Report on horse surra - Volume I
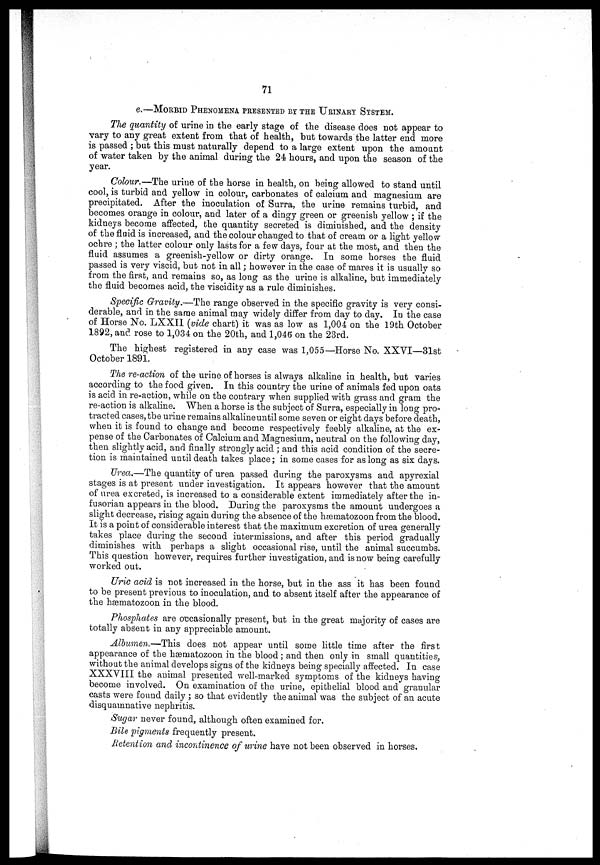
71
e.—MORBID PHENOMENA PRESENTED BY THE URINARY SYSTEM.
The quantity of urine in the early stage of the disease does not appear to
vary to any great extent from that of health, but towards the latter end more
is passed ; but this must naturally depend to a large extent upon the amount
of water taken by the animal during the 24 hours, and upon the season of the
year.
Colour.—The urine of the horse in health, on being allowed to stand until
cool, is turbid and yellow in colour, carbonates of calcium and magnesium are
precipitated. After the inoculation of Surra, the urine remains turbid, and
becomes orange in colour, and later of a dingy green or greenish yellow ; if the
kidneys become affected, the quantity secreted is diminished, and the density
of the fluid is increased, and the colour changed to that of cream or a light yellow-
ochre ; the latter colour only lasts for a few days, four at the most, and then the
fluid assumes a greenish-yellow or dirty orange. In some horses the fluid
passed is very viscid, but not in all ; however in the case of mares it is usually so
from the first, and remains so, as long as the urine is alkaline, but immediately
the fluid becomes acid, the viscidity as a rule diminishes.
Specific Gravity.—The range observed in the specific gravity is very consi-
derable, and in the same animal may widely differ from day to day. In the case
of Horse No. LXXII (vide chart) it was as low as 1,004 on the 19th October
1892, and rose to 1,034 on the 20th, and 1,046 on the 23rd.
The highest registered in any case was 1,055—Horse No. XXVI—31st
October 1891.
The re-action of the urine of horses is always alkaline in health, but varies
according to the food given. In this country the urine of animals fed upon oats
is acid in re-action, while on the contrary when supplied with grass and gram the
re-action is alkaline. When a horse is the subject of Surra, especially in long pro-
tracted cases, the urine remains alkalineuntil some seven or eight days before death,
when it is found to change and become respectively feebly alkaline, at the ex-
pense of the Carbonates of Calcium and Magnesium, neutral on the following day,
then slightly acid, and finally strongly acid ; and this acid condition of the secre-
tion is maintained until death takes place; in some cases for as long as six days.
Urea.—The quantity of urea passed during the paroxysms and apyrexial
stages is at present under investigation. It appears however that the amount
of urea excreted, is increased to a considerable extent immediately after the in-
fusorian appears in the blood. During the paroxysms the amount undergoes a
slight decrease, rising again during the absence of the hæmatozoon from the blood.
It is a point of considerable interest that the maximum excretion of urea generally
takes place during the second intermissions, and after this period gradually
diminishes with perhaps a slight occasional rise, until the animal succumbs.
This question however, requires further investigation, and is now being carefully
worked out.
Uric acid is not increased in the horse, but in the ass it has been found
to be present previous to inoculation, and to absent itself after the appearance of
the hæmatozoon in the blood.
Phosphates are occasionally present, but in the great majority of cases are
totally absent in any appreciable amount.
Albumen.—This does not appear until some little time after the first
appearance of the hæmatozoon in the blood ; and then only in small quantities,
without the animal develops signs of the kidneys being specially affected. In case
XXXVIII the animal presented well-marked symptoms of the kidneys having
become involved. On examination of the urine, epithelial blood and granular
casts were found daily ; so that evidently the animal was the subject of an acute
disquamnative nephritis.
Sugar never found, although often examined for.
Bile pigments frequently present.
Retention and incontinence of urine have not been observed in horses.